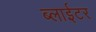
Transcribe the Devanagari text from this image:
ब्लाईटर